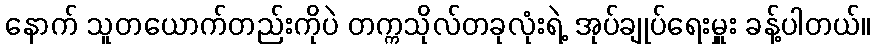
နောက် သူတယောက်တည်းကိုပဲ တက္ကသိုလ်တခုလုံးရဲ့ အုပ်ချုပ်ရေးမှူး ခန့်ပါတယ်။